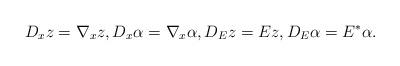
LaTeX: \begin{align*} D_x z = \nabla_x z, D_x \alpha = \nabla_x \alpha, D_E z = Ez, D_{E} \alpha = E^*\alpha.\end{align*}